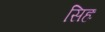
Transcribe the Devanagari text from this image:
सिहः